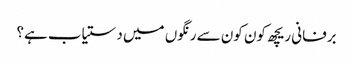
برفانی ریچھ کون کون سے رنگوں میں دستیاب ہے؟